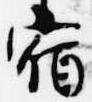
宿